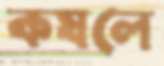
কষলে